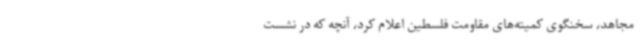
مجاهد، سخنگوی کمیته‌های مقاومت فلسطین اعلام کرد، آنچه که در نشست